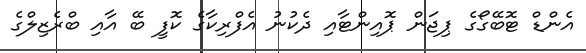
އެންޑް ޓޮބޭގޯގެ ޕިޖަން ޕޮއިންޓާއި ދެކުނު އެފްރިކާގެ ކޮފީ ބޭ އާއި ބްރެޒިލްގެ